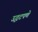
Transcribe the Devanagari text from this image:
उद्धटपणे